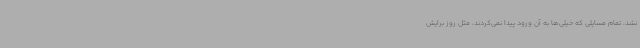
نشد، تمام مسایلی که خیلی‌ها به آن ورود پیدا نمی‌کردند، مثل روز برایش